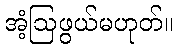
အံ့ဩဖွယ်မဟုတ်။